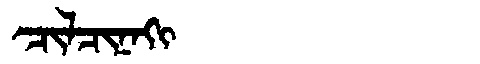
Manchu: ᠴᡳᠯᠴᡳᠨᠠᡴᡳ
Romanization: CILCINAKI